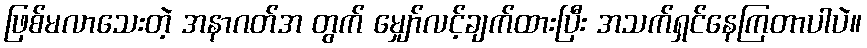
ဖြစ်မလာသေးတဲ့ အနာဂတ်အ တွက် မျှော်လင့်ချက်ထားပြီး အသက်ရှင်နေကြတာပါပဲ။